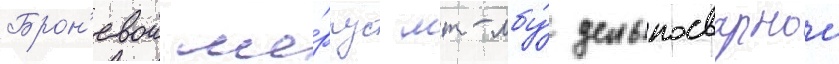
Брон'евои ко́рпус мт-лбу́ цельносварнои